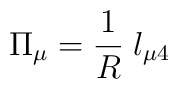
\Pi_\mu = \frac{1}{R}\;l_{\mu4}